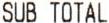
SUB TOTAL